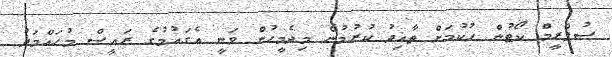
ސުޕްރީމް ކޯޓުން ހުކުމަށް ތާއިދު ކުރުމުން މިދެމީހުން ވަނީ އެގައުމުގެ ރައީސް މުހައްމަދު